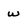
Character: w